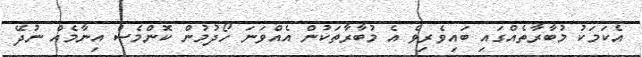
އެކަމަކު މުބާރާތެއްގައި ބައިވެރިވެ އެ މުބާރާތަކުން އެއްވަނަ ހޯދުމުން ކޮންމެސް އިނާމެއް ނުދޭ